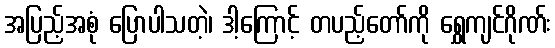
အပြည့်အစုံ ပြောပါသတဲ့၊ ဒါ့ကြောင့် တပည့်တော်ကို ရွှေကျင်ဂိုဏ်း